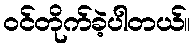
ဝင်တိုက်ခဲ့ပါတယ်။